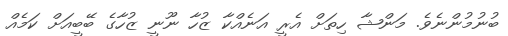
ބުނުމުންނެވެ. މަންޝާ ހިތަށް އެރީ އަނެއްކާ ޒުހާ ނޫނީ ޒުހާގެ ބޭބީއަށް ކަމެއް